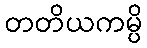
တတိယကမ္ပိ